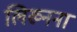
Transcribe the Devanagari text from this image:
लिख्नना